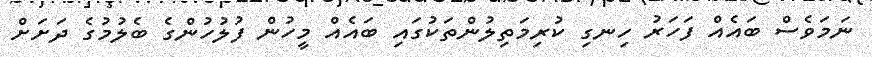
ނަމަވެސް ބައެއް ފަހަރު ހިނގި ކުރިމަތިލުންތަކުގައި ބައެއް މީހުން ފުލުހުންގެ ބެލުމުގެ ދަށަށް